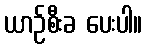
ယာဉ်စီးခ ပေးပါ။